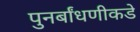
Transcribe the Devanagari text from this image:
पुनर्बांधणीकडे